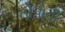
તોપોની